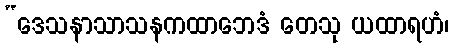
“ဒေသနာသာသနကထာဘေဒံ တေသု ယထာရဟံ၊